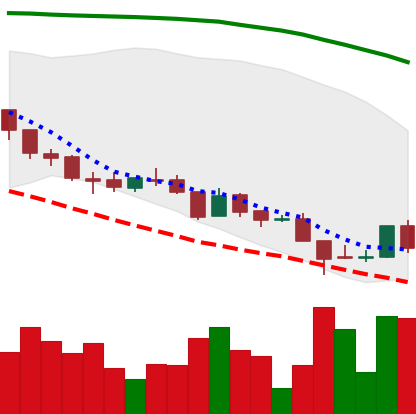
Ticker: ADA-USD
Chart end date: 2018-08-18
Forward return: -7.348%
Label: down_7plus